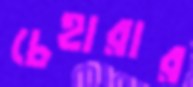
চেহারার